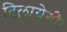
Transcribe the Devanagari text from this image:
दिलायेगी।